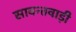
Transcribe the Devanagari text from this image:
सावन्तवाड़ी